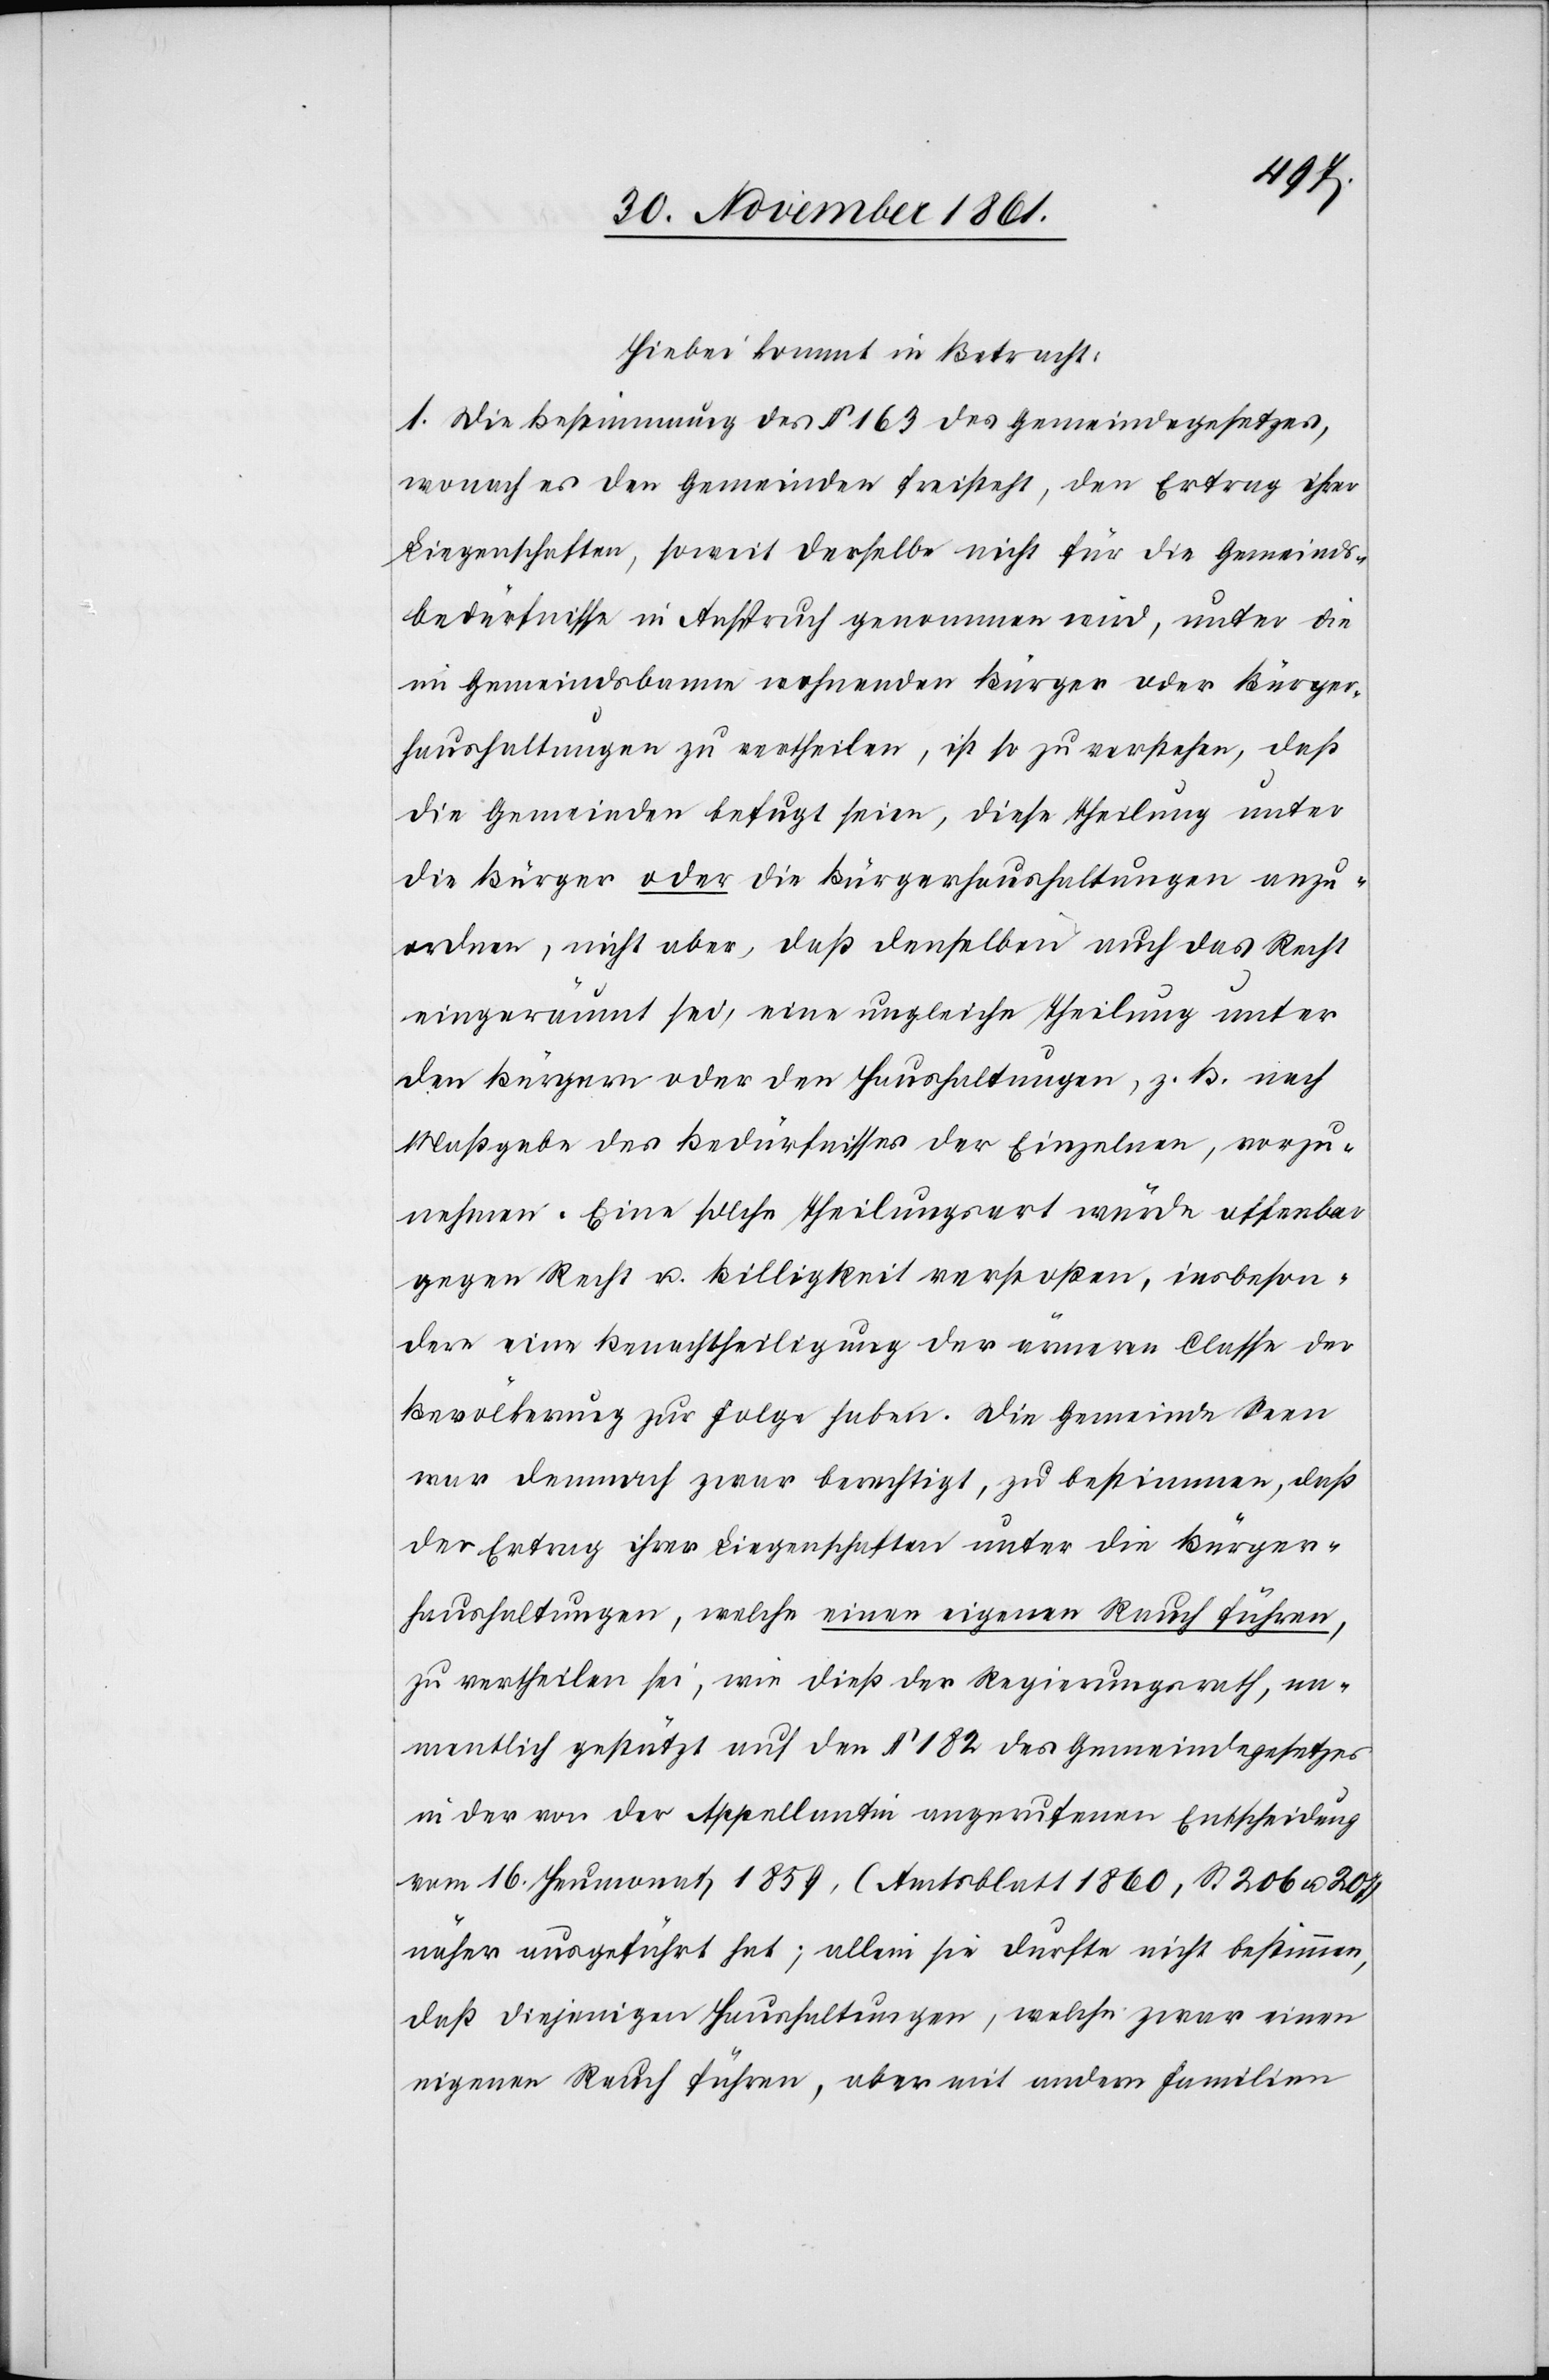
Hiebei kommt in Betracht:
1. Die Bestimmung des § 163 des Gemeindegesetzes,
wonach es den Gemeinden freisteht, den Ertrag ihrer
Liegenschaften, soweit derselbe nicht für die Gemeinds¬
bedürfnisse in Anspruch genommen wird, unter die
im Gemeindsbanne wohnenden Bürger oder Bürge¬
r-Haushaltungen zu vertheilen, ist so zu verstehen, daß
die Gemeinden befugt seien, diese Theilung unter
die Bürger oder die Bürgerhaushaltungen anzu¬
ordnen, nicht aber, daß denselben auch das Recht
eingeräumt sei, eine ungleiche Theilung unter
den Bürgern oder den Haushaltungen, z. B. nach
Maßgabe des Bedürfnisses der Einzelnen, vorzu¬
nehmen. Eine solche Theilungsart würde offenbar
gegen Recht u. Billigkeit verstoßen, insbeson¬
dere eine Benachtheiligung der ärmeren Classe der
Bevölkerung zur Folge haben. Die Gemeinde Seen
war dennoch zwar berechtigt, zu bestimmen, daß
der Ertrag ihrer Liegenschaften unter die Bürger¬
haushaltungen, welche einen eigenen Rauch führen,
zu vertheilen sei, wie dieß der Regierungsrath, na¬
mentlich gestützt auf den § 182 des Gemeindegesetzes
in der von der Appellantin angerufenen Entscheidung
vom 16 Heumonat 1859, (Amtsblatt 1860, S. 206 u. 207)
näher ausgeführt hat; allein sie durfte nicht bestimmen,
daß diejenigen Haushaltungen, welche zwar einen
eigenen Rauch führen, aber mit andern Familien